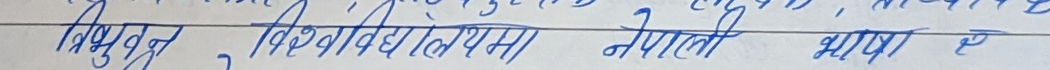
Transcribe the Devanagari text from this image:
त्रिभुवन, विश्वविद्यालयमा नेपाली भाषा छ